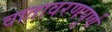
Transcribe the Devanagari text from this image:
वातावरणपूर्ण